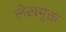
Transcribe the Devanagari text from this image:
लेखयुक्त